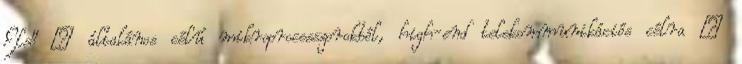
Első – általános célú mikroprocesszorokból, high-end telekommunikációs célra –